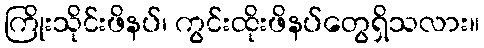
ကြိုးသိုင်းဖိနပ်၊ ကွင်းထိုးဖိနပ်တွေရှိသလား။